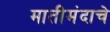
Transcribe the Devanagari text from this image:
मातीमंदाचे